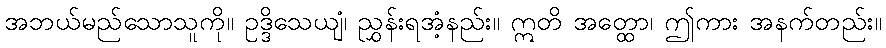
အဘယ်မည်သောသူကို။ ဥဒ္ဒိသေယျံ၊ ညွှန်းရအံ့နည်း။ ဣတိ အတ္ထော၊ ဤကား အနက်တည်း။